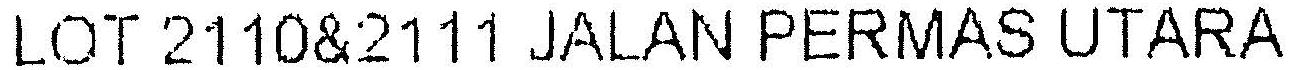
LOT 2110&2111 JALAN PERMAS UTARA